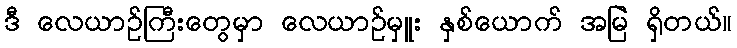
ဒီ လေယာဉ်ကြီးတွေမှာ လေယာဉ်မှူး နှစ်ယောက် အမြဲ ရှိတယ်။